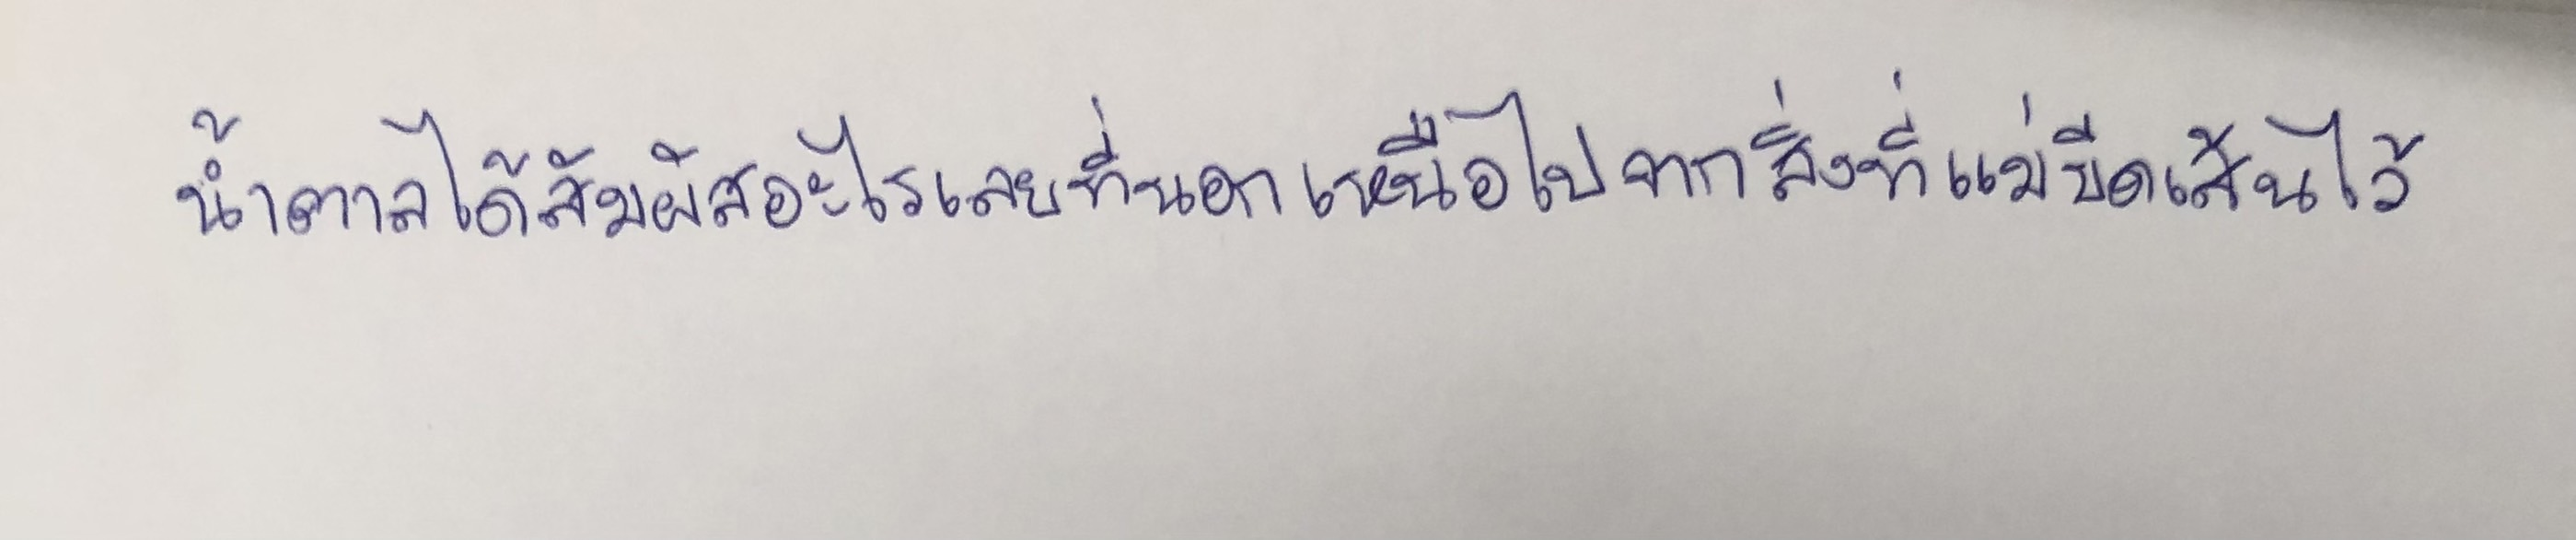
น้ำตาลได้สัมผัสอะไรเลยที่นอกเหนือไปจากสิ่งที่แม่ขีดเส้นไว้